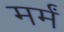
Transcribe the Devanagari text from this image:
मर्मं